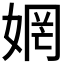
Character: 𫰻